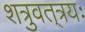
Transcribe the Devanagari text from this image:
शत्रुवत्‌त्रयः